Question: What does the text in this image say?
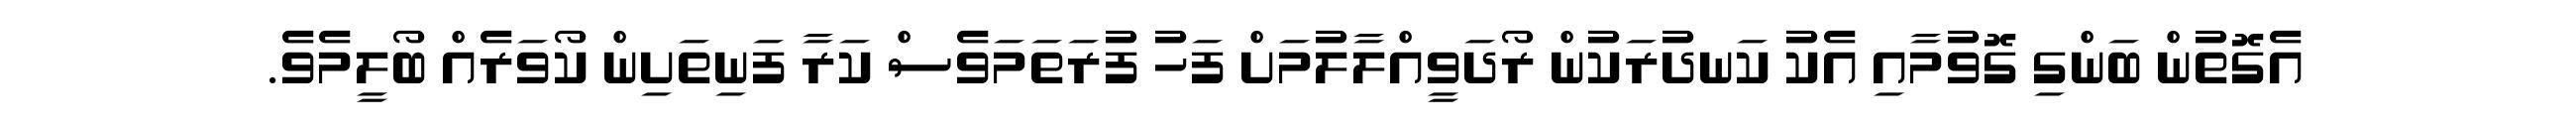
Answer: އެގޮތުން ބަންގި ގޮވުމާއި އެކު ކަނދުރަކުން ރޯދަވީއްލާލުމަށް ފަހު ފުރަތަމަވެސް ކަރާ ފަނިތަށިން ކޯވަރެއް ބޯލީމެވެ.